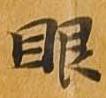
眼